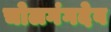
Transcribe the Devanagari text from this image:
चोलगंगदेव